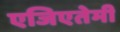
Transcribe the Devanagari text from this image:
एजिएतेमी